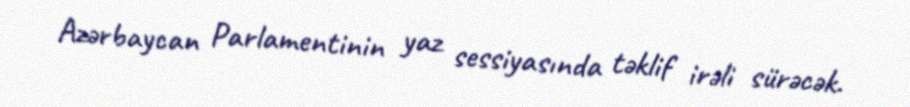
Azərbaycan Parlamentinin yaz sessiyasında təklif irəli sürəcək.